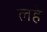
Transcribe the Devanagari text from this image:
लहे